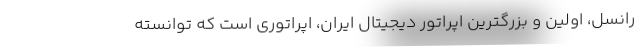
رانسل، اولین و بزرگترین اپراتور دیجیتال ایران، اپراتوری است که توانسته